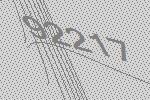
92217